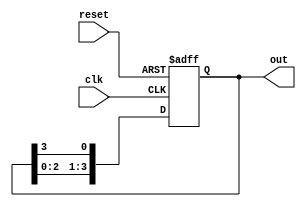
module ring_counter #(
    parameter N = 4  // Number of flip-flops (bits)
)(
    input wire clk,       // Clock input
    input wire reset,     // Asynchronous reset
    output reg [N-1:0] out // Output representing the state of the counter
);

// Initial state
initial begin
    out = 1'b1; // Only the first flip-flop is set to '1'
end

// Sequential logic
always @(posedge clk or posedge reset) begin
    if (reset) begin
        out <= 1'b1; // Reset state to 1000...0 (only the first bit is '1')
    end else begin
        out <= {out[N-2:0], out[N-1]}; // Shift left: the last bit feeds into the first
    end
end

endmodule